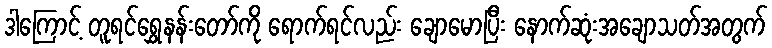
ဒါကြောင့် တူရင်ရွှေနန်းတော်ကို ရောက်ရင်လည်း ချောမောပြီး နောက်ဆုံးအချောသတ်အတွက်